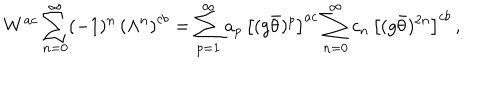
LaTeX: W ^ { a c } \sum _ { n = 0 } ^ { \infty } ( - 1 ) ^ { n } \, \left( \Lambda ^ { n } \right) ^ { c b } = \sum _ { p = 1 } ^ { \infty } a _ { p } \, \left[ ( g \bar { \theta } ) ^ { p } \right] ^ { a c } \sum _ { n = 0 } ^ { \infty } c _ { n } \, \left[ ( g \bar { \theta } ) ^ { 2 n } \right] ^ { c b } \, ,